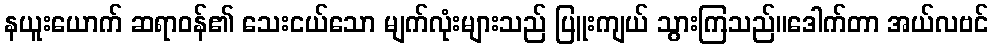
နယူးယောက် ဆရာဝန်၏ သေးငယ်သော မျက်လုံးများသည် ပြူးကျယ် သွားကြသည်။ဒေါက်တာ အယ်လဗင်